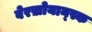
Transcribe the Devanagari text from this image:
वेरख़ोयान्स्क